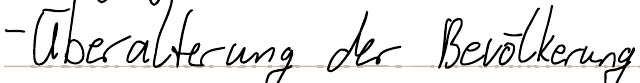
- Überalterung der Bevölkerung